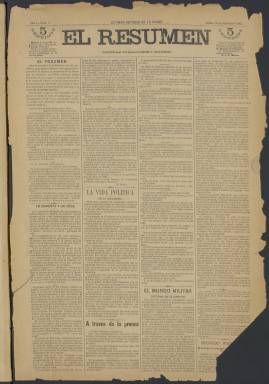
Título: El Resumen (Madrid)
Colección: Periódicos
Ámbito geográfico: Madrid
Lugar de publicación: Madrid
Fechas: 28/02/1885-12/11/1900